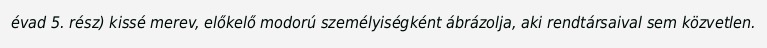
évad 5. rész) kissé merev, előkelő modorú személyiségként ábrázolja, aki rendtársaival sem közvetlen.